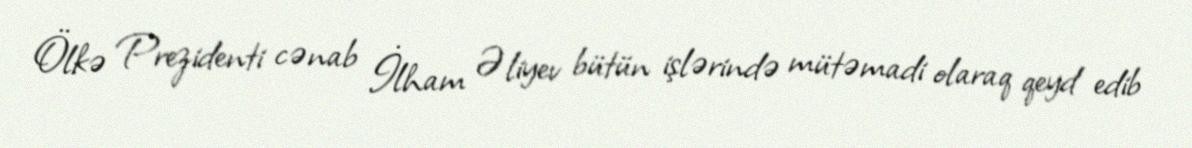
Ölkə Prezidenti cənab İlham Əliyev bütün işlərində mütəmadi olaraq qeyd edib